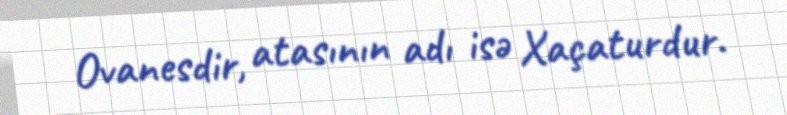
Ovanesdir, atasının adı isə Xaçaturdur.